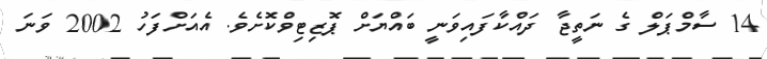
14 ސާމްޕަލް ގެ ނަތީޖާ ދައްކާފައިވަނީ ބައްޔަށް ޕޮޒިޓިވްކޮށެވެ. އެއަށްފަހު 2002 ވަނަ